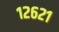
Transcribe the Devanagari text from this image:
१२६२१